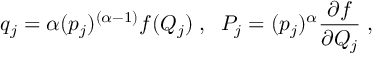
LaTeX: q _ { j } = \alpha ( { p _ { j } } ) ^ { ( \alpha - 1 ) } f ( Q _ { j } ) \; , \; \; P _ { j } = ( { p _ { j } } ) ^ { \alpha } \frac { \partial f } { \partial Q _ { j } } \; ,